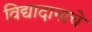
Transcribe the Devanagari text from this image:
विद्यादानाचे